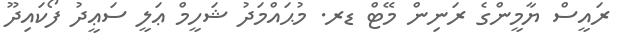
ރައީސް ޔާމީންގެ ރަނިން މޭޓް ޑރ. މުޙައްމަދު ޝަހީމް ޢަލީ ސަޢީދު ފޯކައިދޫ